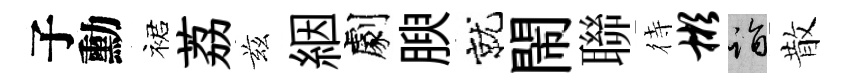
子勳裙荔兹絪劇腴就閙聯待彬诣散